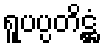
ရူပပ္ပတိဋ္ဌံ